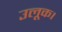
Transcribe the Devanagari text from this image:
उलूक।